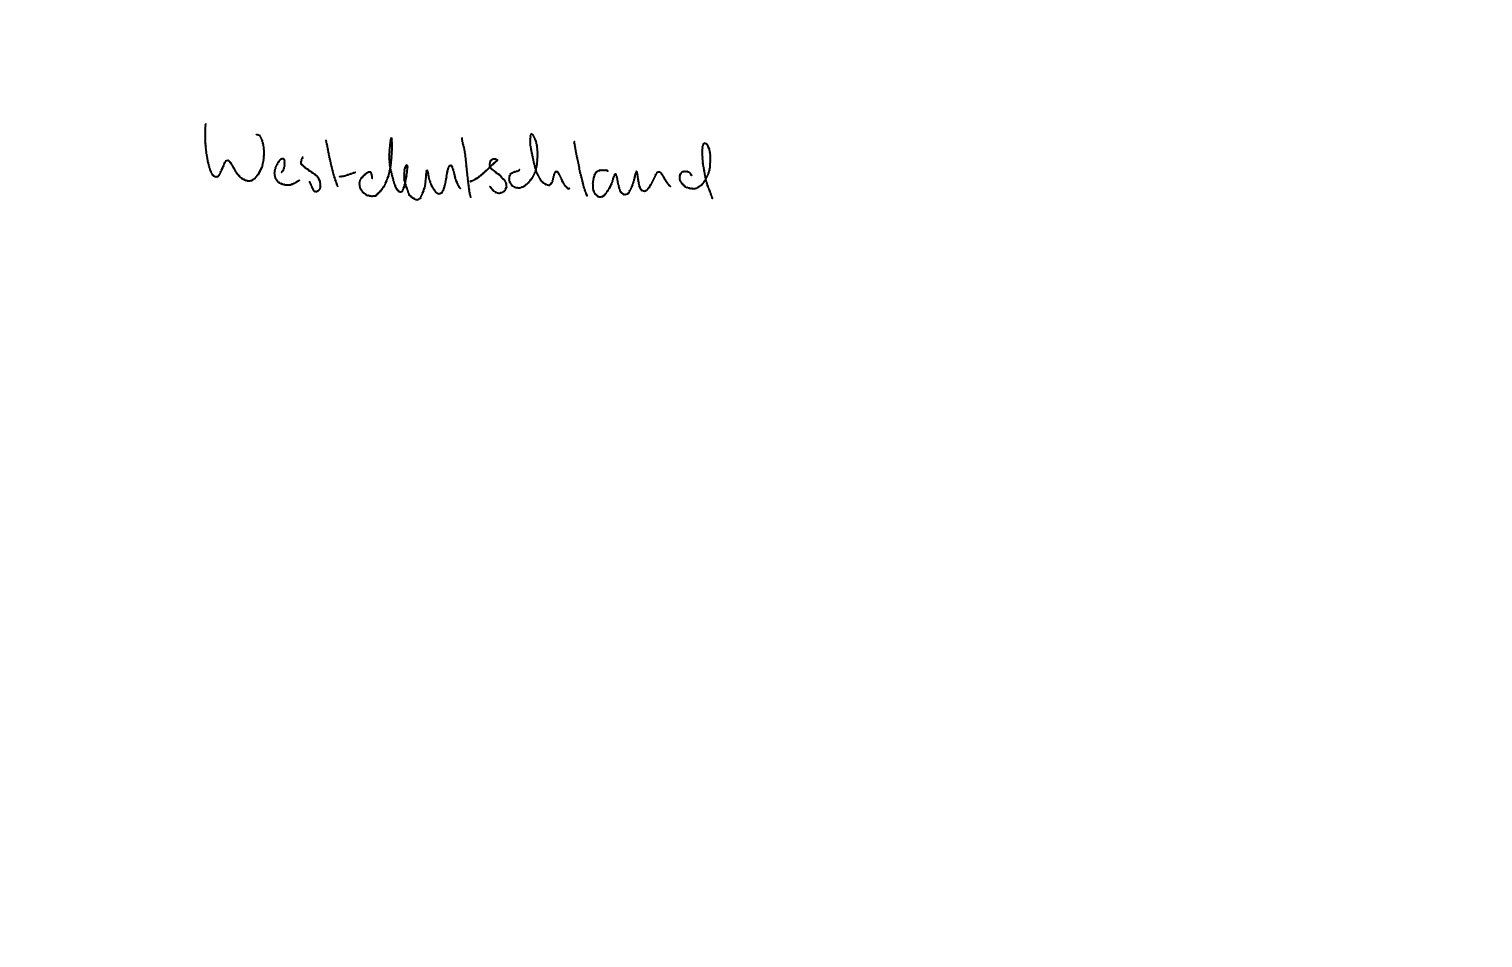
Text: Westdeutschland